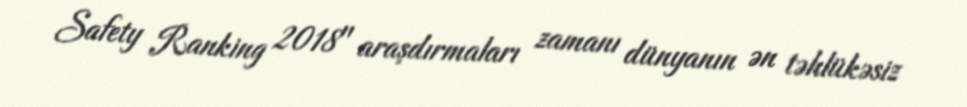
Safety Ranking 2018" araşdırmaları zamanı dünyanın ən təhlükəsiz